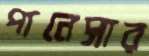
পানেসার